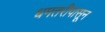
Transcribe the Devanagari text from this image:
धमतरीपासून